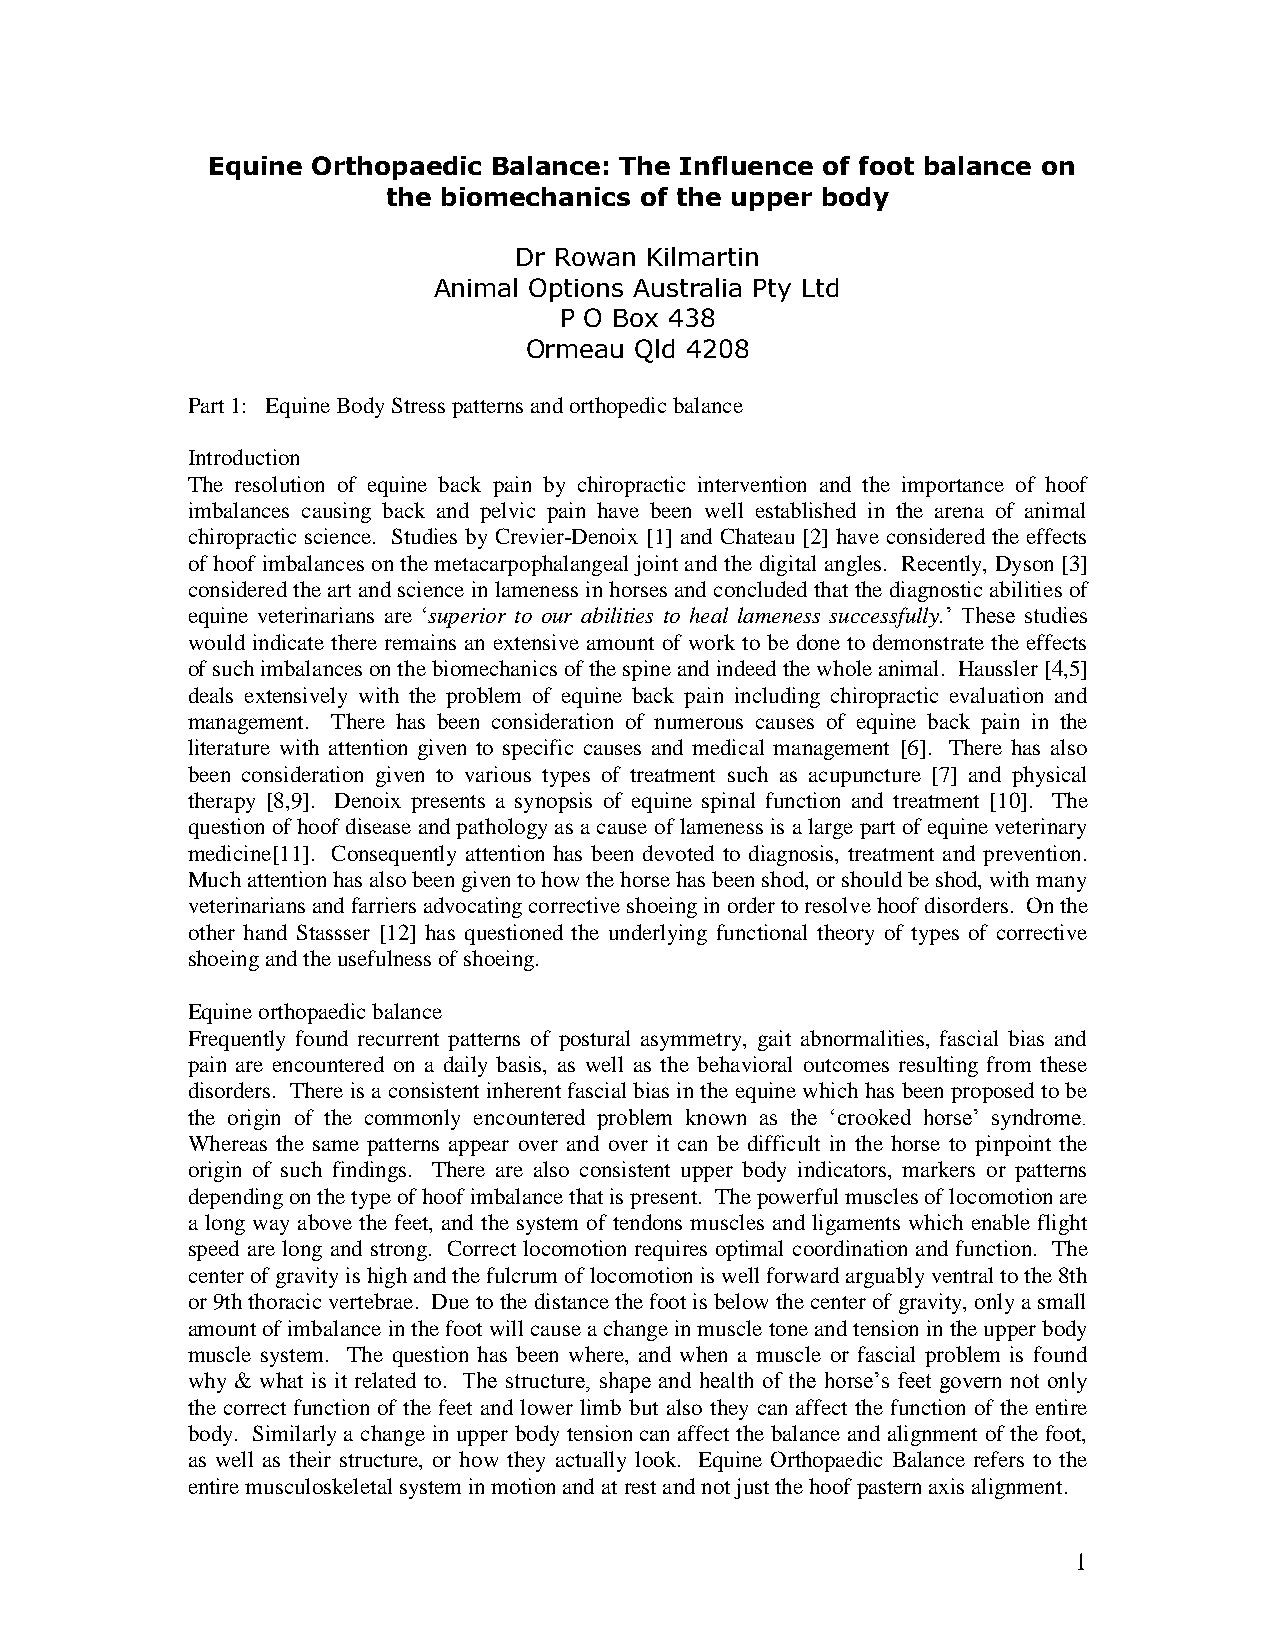
Equine Orthopaedic Balance: The Influence of foot balance on
 the biomechanics of the upper body
 Dr Rowan Kilmartin
 Animal Options Australia Pty Ltd
 P O Box 438
 Ormeau Qld 4208
 Part 1: Equine Body Stress patterns and orthopedic balance
 Introduction
 The resolution of equine back pain by chiropractic intervention and the importance of hoof
 imbalances causing back and pelvic pain have been well established in the arena of animal
 chiropractic science. Studies by Crevier-Denoix [1] and Chateau [2] have considered the effects
 of hoof imbalances on the metacarpophalangeal joint and the digital angles. Recently, Dyson [3]
 considered the art and science in lameness in horses and concluded that the diagnostic abilities of
 equine veterinarians are ‘superior to our abilities to heal lameness successfully.’ These studies
 would indicate there remains an extensive amount of work to be done to demonstrate the effects
 of such imbalances on the biomechanics of the spine and indeed the whole animal. Haussler [4,5]
 deals extensively with the problem of equine back pain including chiropractic evaluation and
 management. There has been consideration of numerous causes of equine back pain in the
 literature with attention given to specific causes and medical management [6]. There has also
 been consideration given to various types of treatment such as acupuncture [7] and physical
 therapy [8,9]. Denoix presents a synopsis of equine spinal function and treatment [10]. The
 question of hoof disease and pathology as a cause of lameness is a large part of equine veterinary
 medicine[11]. Consequently attention has been devoted to diagnosis, treatment and prevention.
 Much attention has also been given to how the horse has been shod, or should be shod, with many
 veterinarians and farriers advocating corrective shoeing in order to resolve hoof disorders. On the
 other hand Stassser [12] has questioned the underlying functional theory of types of corrective
 shoeing and the usefulness of shoeing.
 Equine orthopaedic balance
 Frequently found recurrent patterns of postural asymmetry, gait abnormalities, fascial bias and
 pain are encountered on a daily basis, as well as the behavioral outcomes resulting from these
 disorders. There is a consistent inherent fascial bias in the equine which has been proposed to be
 the origin of the commonly encountered problem known as the ‘crooked horse’ syndrome.
 Whereas the same patterns appear over and over it can be difficult in the horse to pinpoint the
 origin of such findings. There are also consistent upper body indicators, markers or patterns
 depending on the type of hoof imbalance that is present. The powerful muscles of locomotion are
 a long way above the feet, and the system of tendons muscles and ligaments which enable flight
 speed are long and strong. Correct locomotion requires optimal coordination and function. The
 center of gravity is high and the fulcrum of locomotion is well forward arguably ventral to the 8th
 or 9th thoracic vertebrae. Due to the distance the foot is below the center of gravity, only a small
 amount of imbalance in the foot will cause a change in muscle tone and tension in the upper body
 muscle system. The question has been where, and when a muscle or fascial problem is found
 why & what is it related to. The structure, shape and health of the horse’s feet govern not only
 the correct function of the feet and lower limb but also they can affect the function of the entire
 body. Similarly a change in upper body tension can affect the balance and alignment of the foot,
 as well as their structure, or how they actually look. Equine Orthopaedic Balance refers to the
 entire musculoskeletal system in motion and at rest and not just the hoof pastern axis alignment.
 1